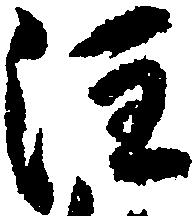
注